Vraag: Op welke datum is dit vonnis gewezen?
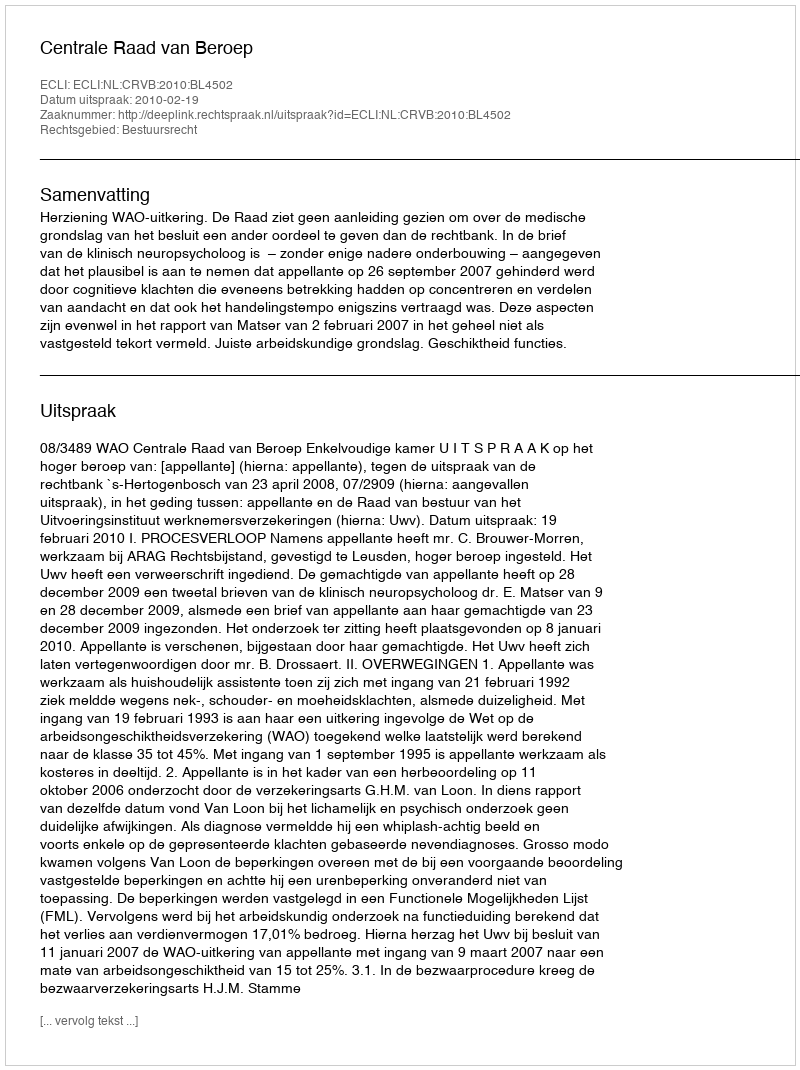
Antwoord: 2010-02-19